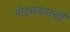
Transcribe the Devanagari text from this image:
पोट्सडामची